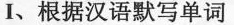
I、根据汉语默写单词